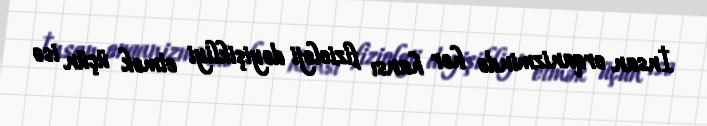
İnsan orqanizmində hər hansı fizioloji dəyişikliyi etmək üçün isə